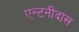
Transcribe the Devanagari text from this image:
एन्टनीदास